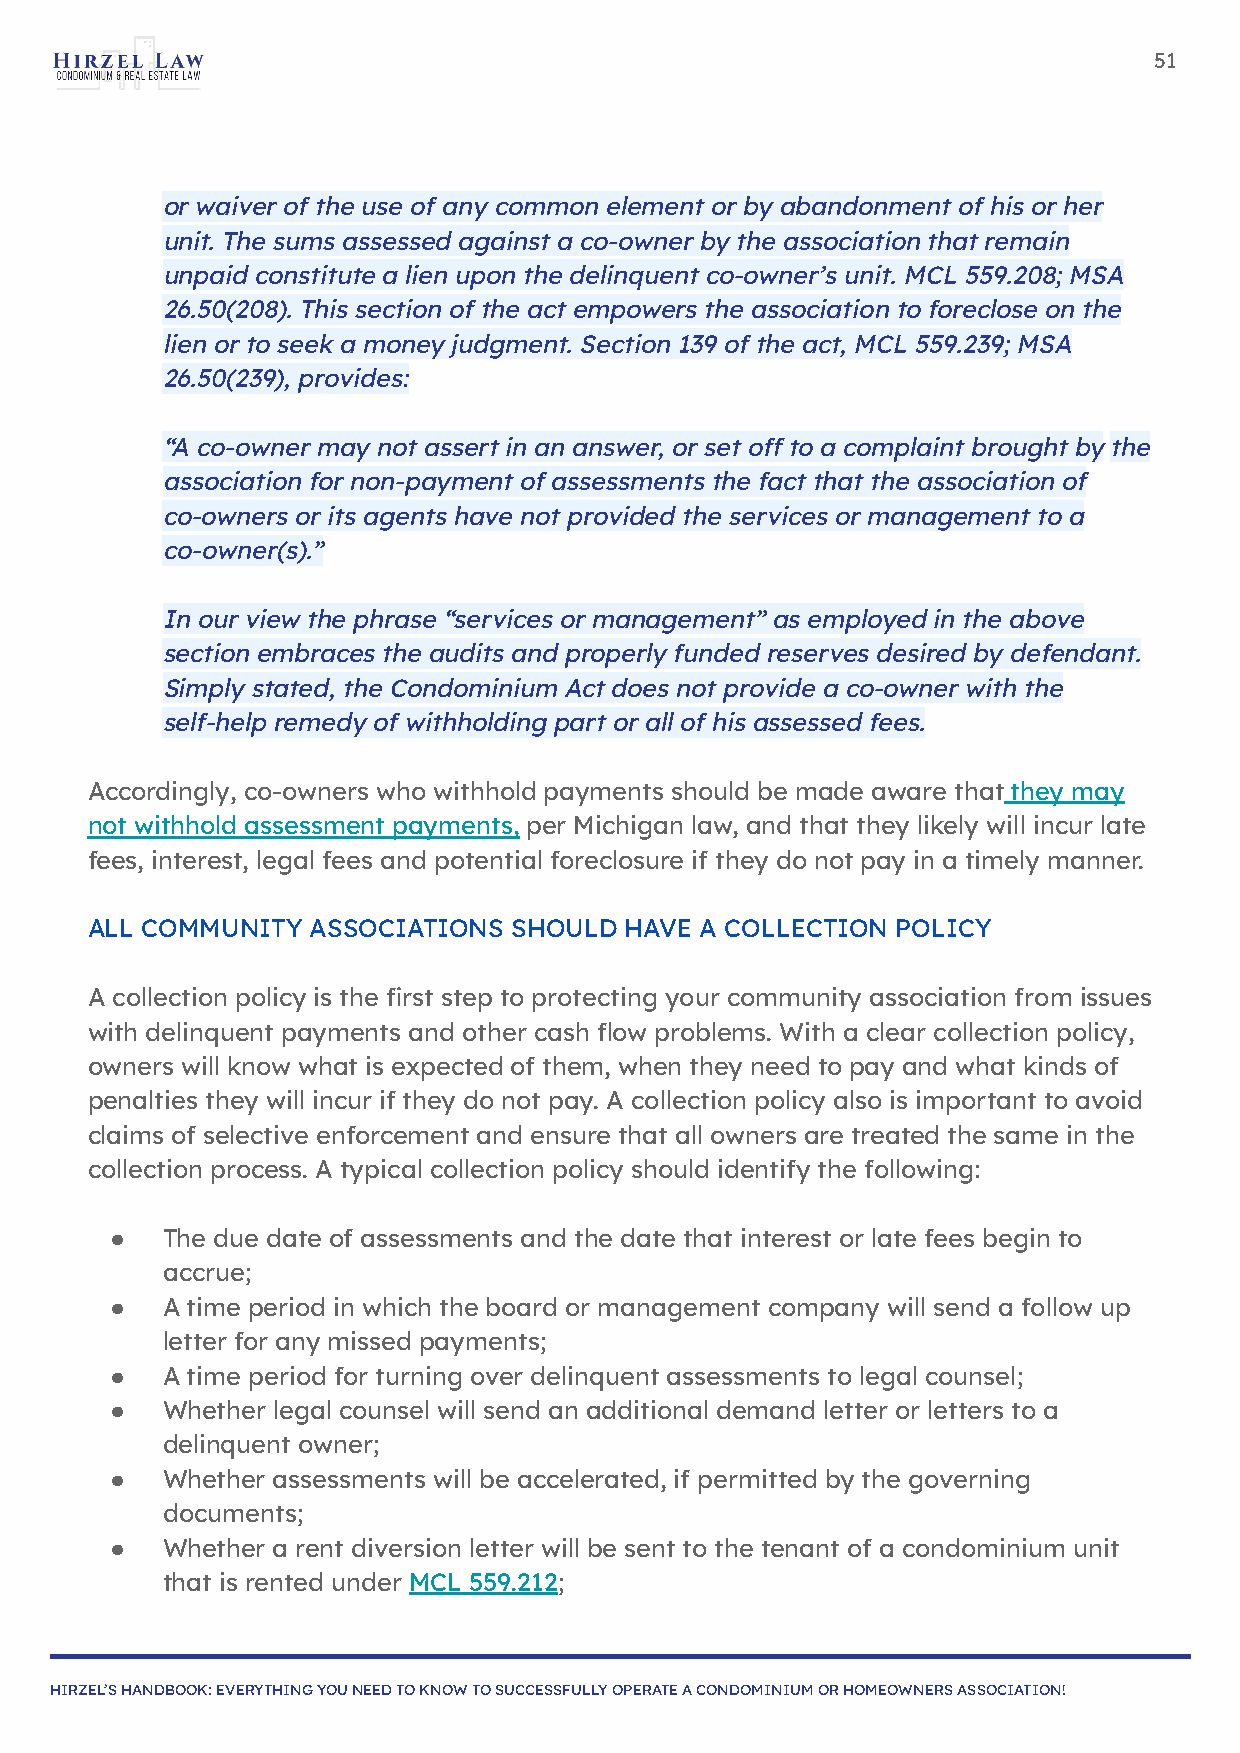
51
 or waiver of the use of any common element or by abandonment of his or her
 unit. The sums assessed against a co-owner by the association that remain
 unpaid constitute a lien upon the delinquent co-owner’s unit. MCL 559.208; MSA
 26.50(208). This section of the act empowers the association to foreclose on the
 lien or to seek a money judgment. Section 139 of the act, MCL 559.239; MSA
 26.50(239), provides:
 “A co-owner may not assert in an answer, or set off to a complaint brought by the
 association for non-payment of assessments the fact that the association of
 co-owners or its agents have not provided the services or management to a
 co-owner(s).”
 In our view the phrase “services or management” as employed in the above
 section embraces the audits and properly funded reserves desired by defendant.
 Simply stated, the Condominium Act does not provide a co-owner with the
 self-help remedy of withholding part or all of his assessed fees.
 Accordingly, co-owners who withhold payments should be made aware that they may
 not withhold assessment payments, per Michigan law, and that they likely will incur late
 fees, interest, legal fees and potential foreclosure if they do not pay in a timely manner.
 ALL COMMUNITY  ASSOCIATIONS SHOULD HAVE A COLLECTION POLICY
 A collection policy is the first step to protecting your community association from issues
 with delinquent payments and other cash flow problems. With a clear collection policy,
 owners will know what is expected of them, when they need to pay and what kinds of
 penalties they will incur if they do not pay. A collection policy also is important to avoid
 claims of selective enforcement and ensure that all owners are treated the same in the
 collection process. A typical collection policy should identify the following:
 ●   The due date of assessments and the date that interest or late fees begin to
 accrue;
 ●   A time period in which the board or management company will send a follow up
 letter for any missed payments;
 ●   A time period for turning over delinquent assessments to legal counsel;
 ●   Whether legal counsel will send an additional demand letter or letters to a
 delinquent owner;
 ●   Whether assessments will be accelerated, if permitted by the governing
 documents;
 ●   Whether a rent diversion letter will be sent to the tenant of a condominium unit
 that is rented under MCL 559.212;
 HIRZEL’S HANDBOOK: EVERYTHING YOU NEED TO KNOW TO SUCCESSFULLY OPERATE A CONDOMINIUM OR HOMEOWNERS ASSOCIATION!